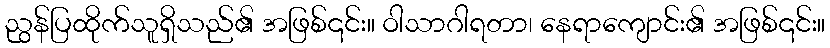
ညွန်ပြထိုက်သူရှိသည်၏ အဖြစ်၎င်း။ ဝါသာဂါရတာ၊ နေရာကျောင်း၏ အဖြစ်၎င်း။